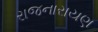
રાજનારાયણ